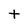
Character: t